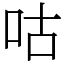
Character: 咕